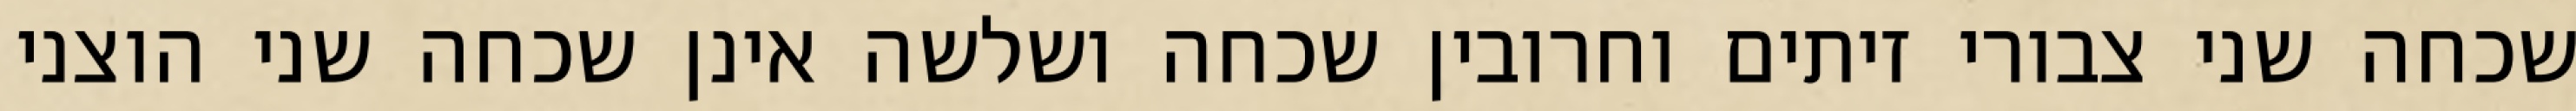
שכחה שני צבורי זיתים וחרובין שכחה ושלשה אינן שכחה שני הוצני